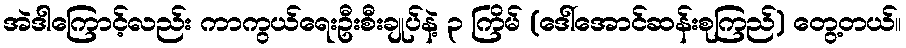
အဲဒါကြောင့်လည်း ကာကွယ်ရေးဦးစီးချုပ်နဲ့ ၃ ကြိမ် (ဒေါ်အောင်ဆန်းစုကြည်) တွေ့တယ်။